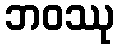
ဘဝဿု